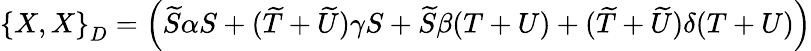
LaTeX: \left\{ X,X\right\} _{D}=\left(\widetilde{S}\alpha S+(\widetilde{T}+\widetilde{U})\gamma S+\widetilde{S}\beta(T+U)+(\widetilde{T}+\widetilde{U})\delta(T+U)\right)